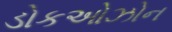
ડોકઓઝોન